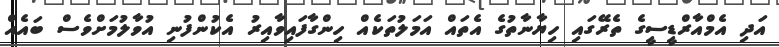
އަދި އެމްއާރްޑީސީގެ ތެރޭގައި ހިޔާނާތުގެ އެތައް އަމަލުތަކެއް ހިންގާފައިވާއިރު އެކުންފުނި އުވާލުމަށްވެސް ބައެއް